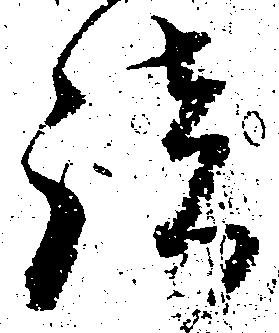
談